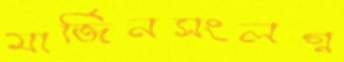
মার্জিনসংলগ্ন